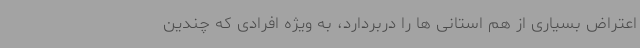
اعتراض بسیاری از هم استانی ها را دربردارد، به ویژه افرادی که چندین